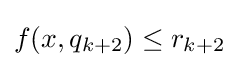
f(x,q_{k+2})\leq r_{k+2}\,\!